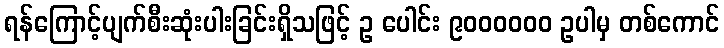
ရန်ကြောင့်ပျက်စီးဆုံးပါးခြင်းရှိသဖြင့် ဥ ပေါင်း ၉၀၀၀၀၀၀ ဥပါမှ တစ်ကောင်